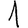
Digit: 1